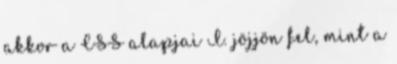
akkor a CSS alapjai I. jöjjön fel, mint a